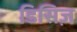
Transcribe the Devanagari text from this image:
डिसिज़